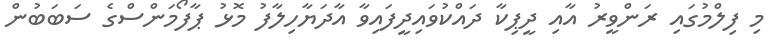
މި ފިލްމުގައި ރަންވީރު އާއި ދީޕިކާ ދައްކުވައިދީފައިވާ އާދަޔާހިލާފު މޮޅު ޕާފޯމަންސްގެ ސަބަބުން